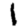
Digit: 1